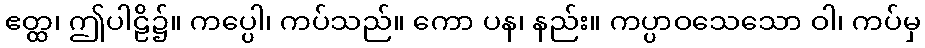
ဧတ္ထ၊ ဤပါဠိ၌။ ကပ္ပေါ၊ ကပ်သည်။ ကော ပန၊ နည်း။ ကပ္ပာဝသေသော ဝါ၊ ကပ်မှ